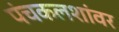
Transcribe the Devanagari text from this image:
पंचकलशांवर